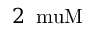
2 \, \mathrm { \ m u M }